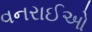
વનરાઈઓ